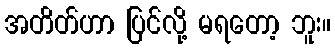
အတိတ်ဟာ ပြင်လို့ မရတော့ ဘူး။